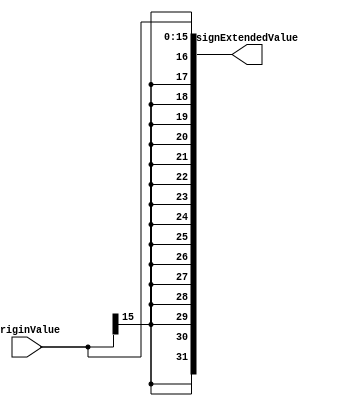
`timescale 1ns / 1ps

module SignExtend(originValue, signExtendedValue);

	input  [15:0]  originValue;
	output [31:0]  signExtendedValue;
	
	
	assign signExtendedValue = {{16{originValue[15]}}, originValue[15:0]};


endmodule